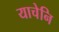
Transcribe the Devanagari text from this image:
याचेनि